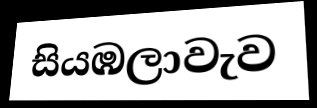
සියඹලාවැව